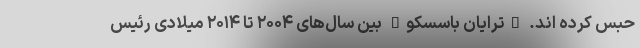
حبس کرده اند. "ترایان باسسکو" بین سال‌های ۲۰۰۴ تا ۲۰۱۴ میلادی رئیس